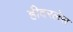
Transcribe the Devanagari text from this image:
हीदरलेस